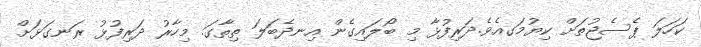
ކަހަލަ ޕެސެޖުތަށް ކިޔުމަގއެވެ.ދަރިފުޅާ މި ބޯލައިގެން އިނދެބަލަ ތިތާގަ. މިހާރު ދަރިފުޅު ރަނގަޅަށް